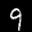
Label: 9